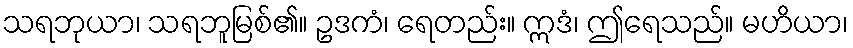
သရဘုယာ၊ သရဘူမြစ်၏။ ဥဒကံ၊ ရေတည်း။ ဣဒံ၊ ဤရေသည်။ မဟိယာ၊